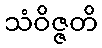
သံဝိဇ္ဇတိ